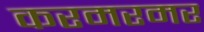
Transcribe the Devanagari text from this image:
करमरमर